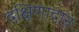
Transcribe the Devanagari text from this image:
दक्षिणादान